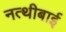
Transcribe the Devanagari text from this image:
नत्थीबाई